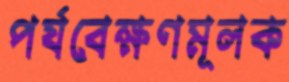
পর্যবেক্ষণমূলক